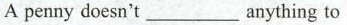
A penny doesn't ___ anything to